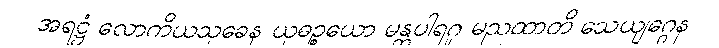
အရဋ္ဌံ လောကိယသုခေန ယုဓဉ္စယော မန္တပါရဂူ မညထာတိ သေယျဂ္ဂေန